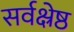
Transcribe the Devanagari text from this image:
सर्वक्ष्रेष्ठ